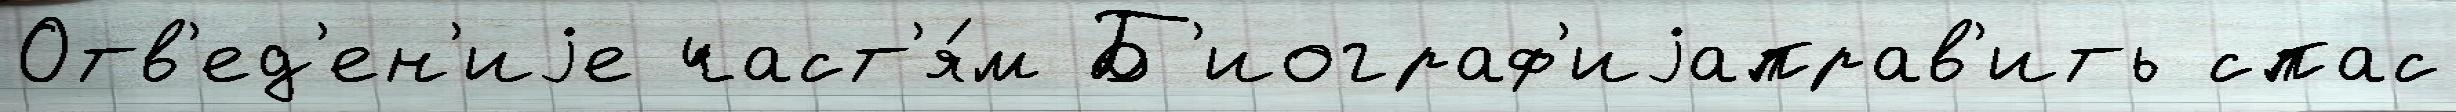
Отв'ед'ен'иjе част'я́м Б'иограф'иjаправ'ить спас